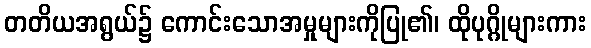
တတိယအရွယ်၌ ကောင်းသောအမှုများကိုပြု၏၊ ထိုပုဂ္ဂိုများကား